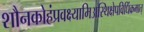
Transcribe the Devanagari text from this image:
शौनकोहंप्रवक्ष्यामिअस्थिक्षेपविधिंक्रमात्